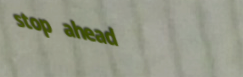
stop ahead